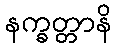
နက္ခတ္တာနိ